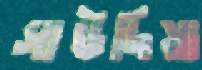
সাউদিয়া